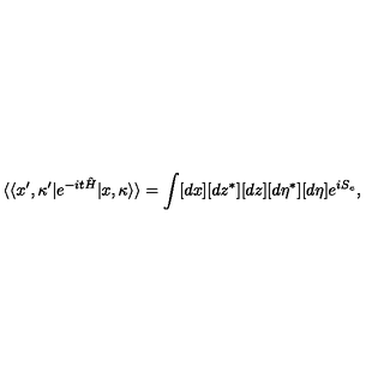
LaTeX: \langle \langle x ^ { \prime } , \kappa ^ { \prime } | e ^ { - i t \hat { H } } | x , \kappa \rangle \rangle = \int [ d x ] [ d z ^ { * } ] [ d z ] [ d \eta ^ { * } ] [ d \eta ] e ^ { i S _ { e } } ,